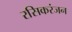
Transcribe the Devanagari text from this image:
रसिकरंजन